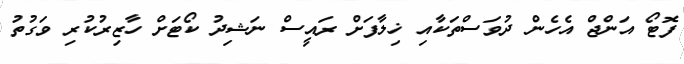
ފޮޓޯ އަންޖް އެހެން ދުވަސްތަކާއި ޚިލާފަށް ރައީސް ނަޝިދު ކޯޓަށް ހާޒިރުކުރި ވަގުތު